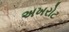
અખરોટ